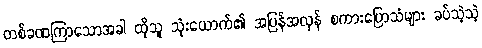
တစ်ခဏကြာသောအခါ ထိုသူ သုံးယောက်၏ အပြန်အလှန် စကားပြောသံများ ခပ်သဲ့သဲ့